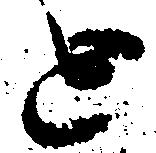
と